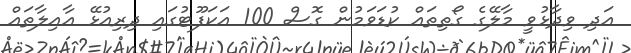
އަދި ވިދާޅުވީ މާލޭގެ ގޯތިތައް ކުޑަވަމުން ގޮސް 100 އަކަފޫޓުގައި ދިރިއުޅޭ އާއިލާތައް